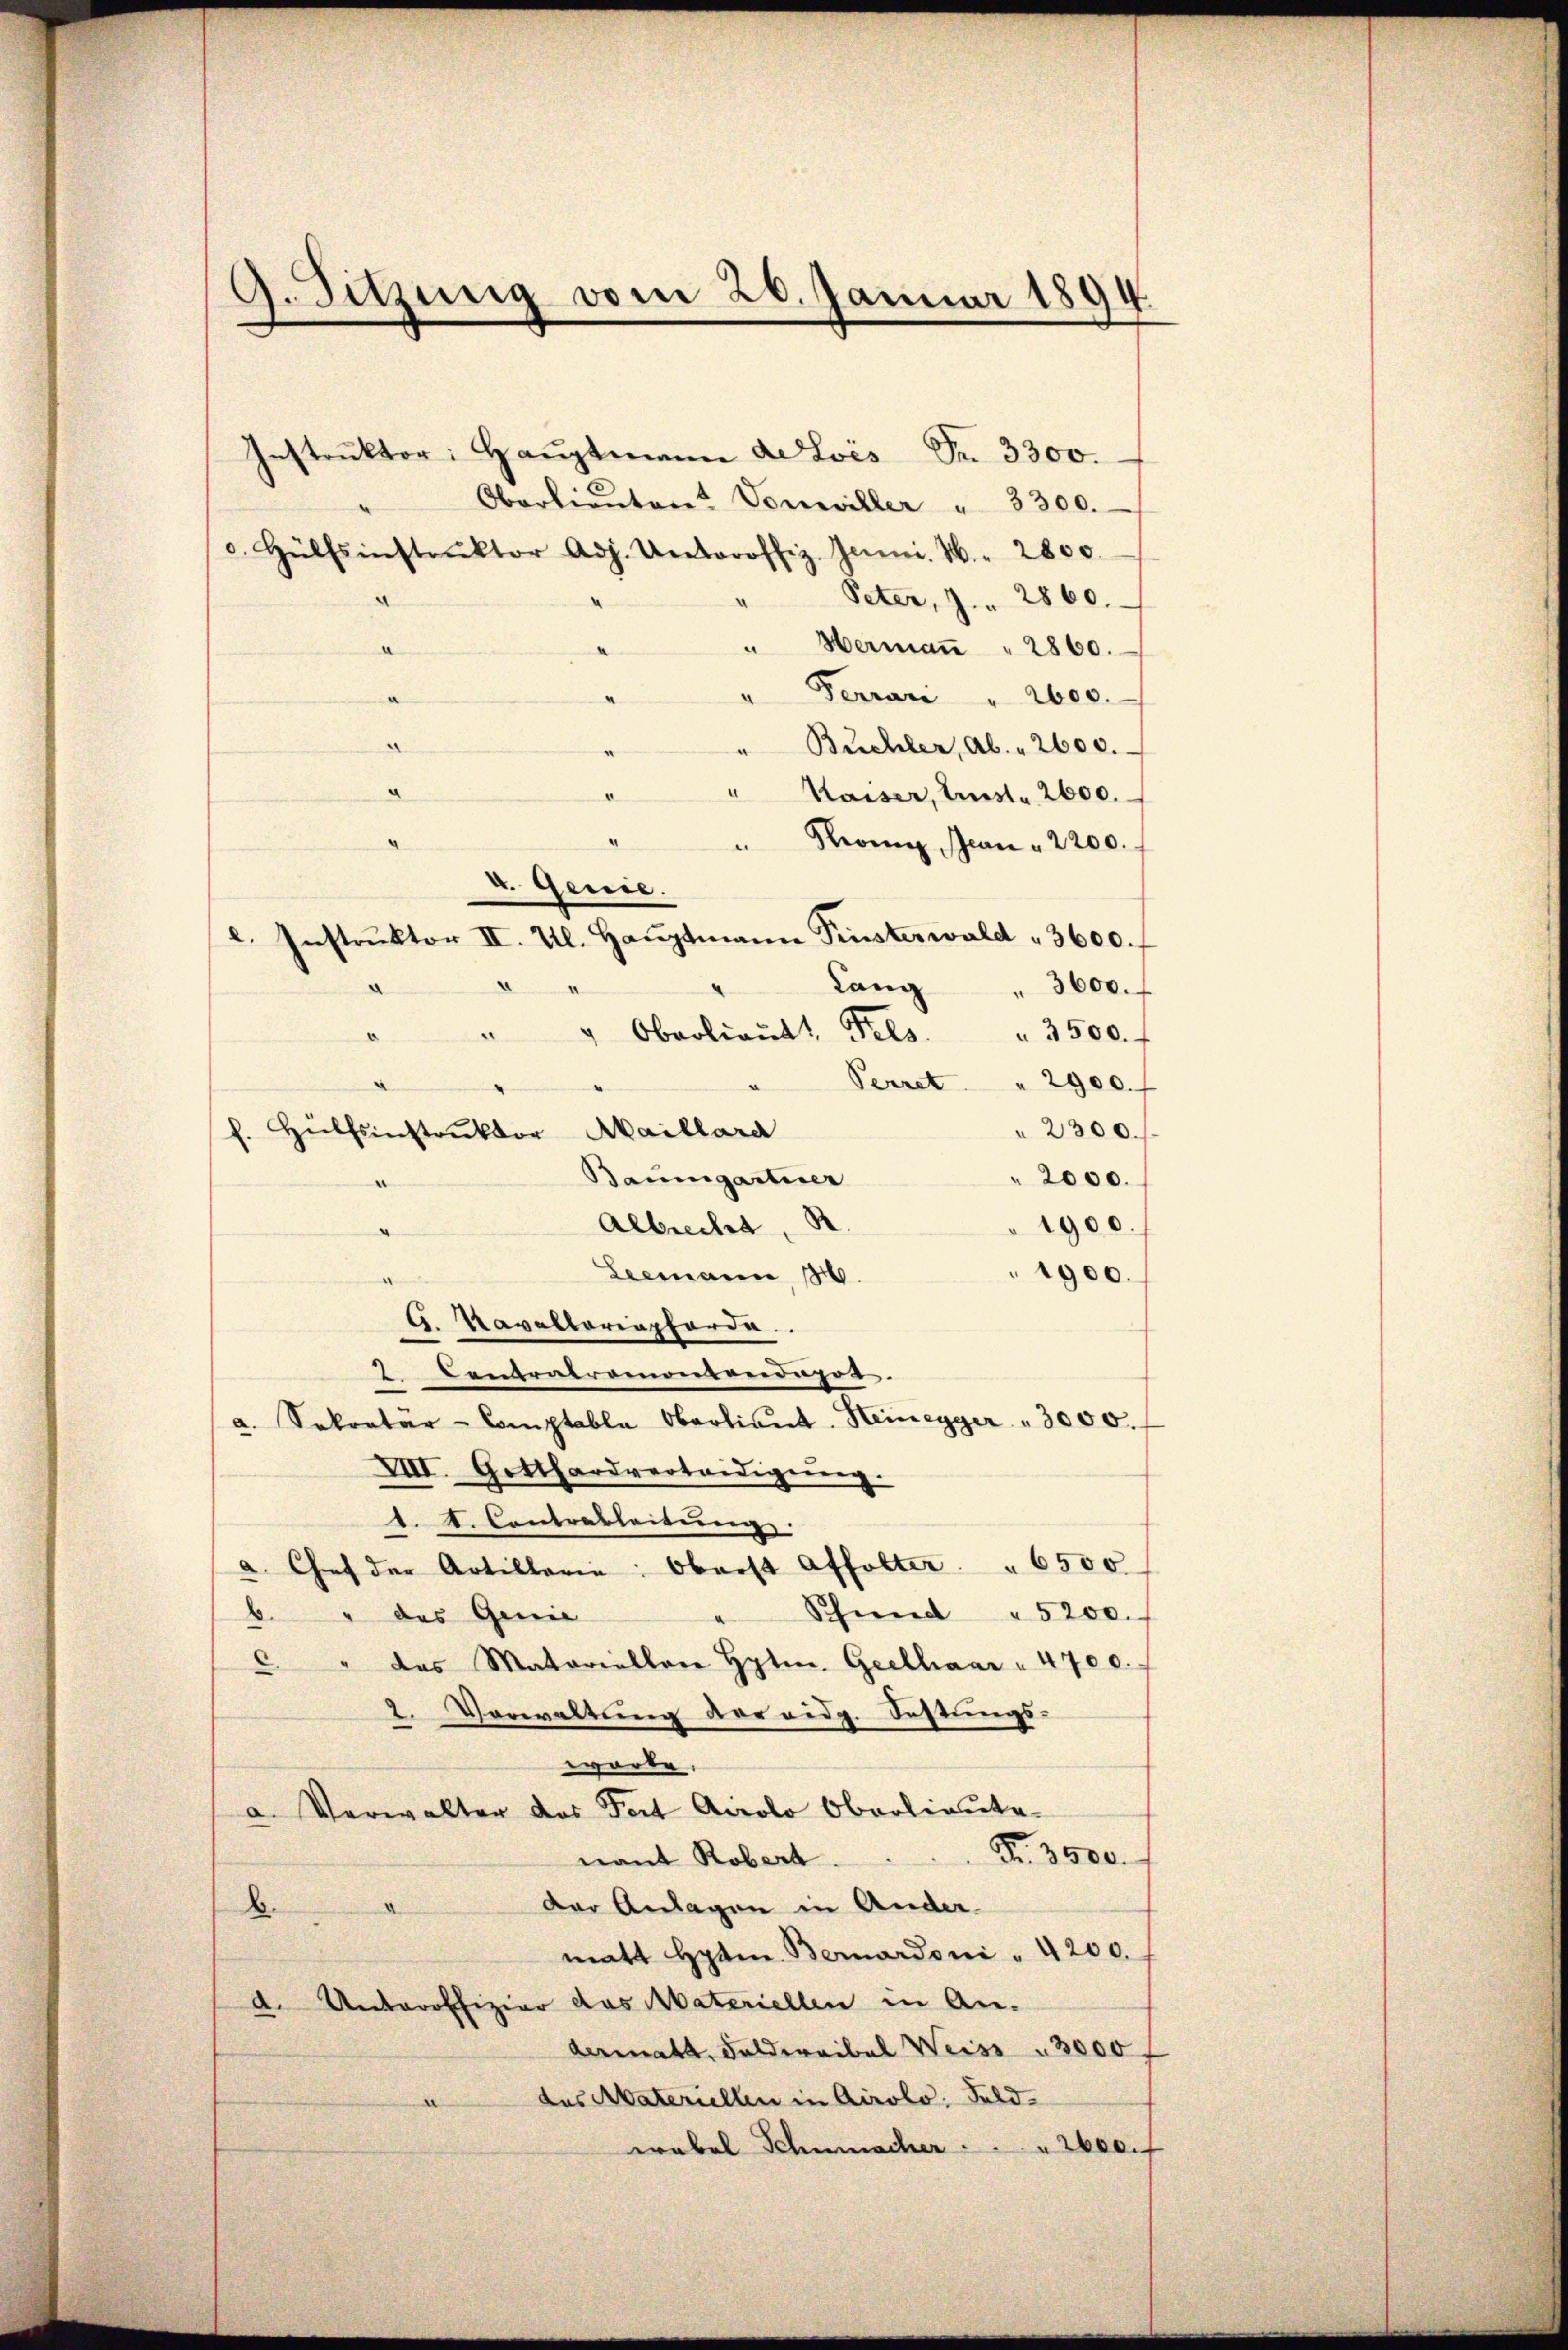
9. Sitzung vom 26. Januar 1894.

d

Instruktor: Haŭptmann de Lois Fr. 3300.
Oberlieŭten? Vonwiller " 3300.
c. Hülfsinstrŭktor Adj. Unteroffiz. Juni. 1. 2800.
Peter, 7. 2860.
" Hermaṅ " 2860.
" Ferrari " 2600.
d
Buchler, Al. 2600.
d
d
Kaiser, Lust. 2600.
Seon, Jean , 2200. f
e
v. Genie.
c. Instruktor II. Al. Hauptmann Pinsterwald 3600. f
Lang " 3600. f
" " Oberlieŭt. Fels. " 3500.
Pecret. " 2900.
" 2300.
f. Hülfsinstruktor Maillara
Baumgartner
 2000.
1900.
Albrecht
Leemann, 186.
1900.
G. Navallariapforde
2 Contratramontandagot.
a. Sekretär-Comptable Oberlieŭt. Heinegger " 3000.
VIII. Gotthardverteidigung.
t. d. Contrableitŭng.
a. Chef der Artillerin: Oberst Affolter " 6500
Schmied " 5200.
b. " des Genie
 " das Matariellene Hyten. Geelhaar " 4700.
2. Verwaltung der eidg. Festungs-
worte.
a. Verwalter das Fort Airolo Oberlieute¬
Nr. 3500.
nant Robert.
Der Anlagen in Ander.
B
matt Hptm. Bernardoni " 4200. f
d. Unteroffizier das Materiellen in An-
derenat Feldernibal Weiss " 3000
des Avateriellen in Airolo, Feld-
wrabel Schumacher     2600. f